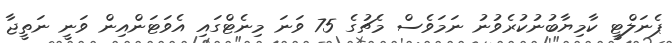
ޕެނަލްޓީ ކާމިޔާބުނުކުރެވުނު ނަމަވެސް މެޗުގެ 75 ވަނަ މިނެޓްގައި އެވަޓަންއިން ވަނީ ނަތީޖާ